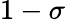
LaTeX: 1-\sigma